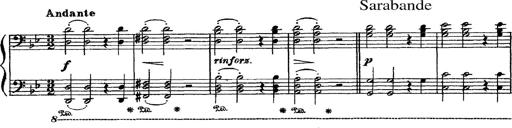
Title: Sarabande und Chaconne aus dem Singspiel
Composer: Franz Liszt